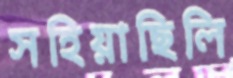
সহিয়াছিলি